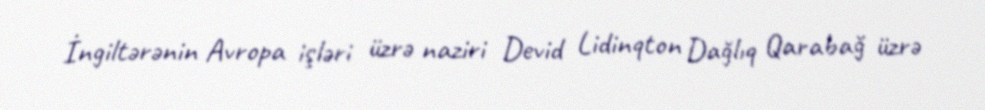
İngiltərənin Avropa işləri üzrə naziri Devid Lidinqton Dağlıq Qarabağ üzrə